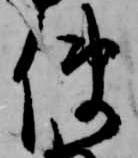
使